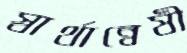
স্বার্থান্বেষী